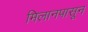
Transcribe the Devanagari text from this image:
मिलानपासून